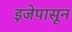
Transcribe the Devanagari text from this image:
इजेपासून